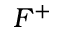
F ^ { + }